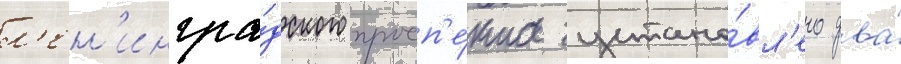
л'ен'ингра́дского просп'е́кта устано́вл'ено два́